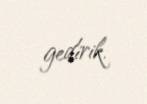
gedirik.